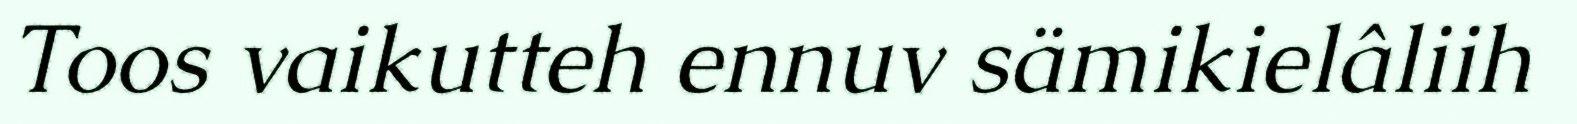
Toos vaikutteh ennuv sämikielâliih